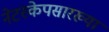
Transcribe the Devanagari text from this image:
नेटस्केपसारख्या